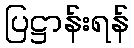
ပြဋ္ဌာန်းရန်